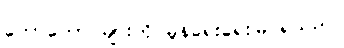
တောတောင်များကို မှုန်ရေးရေးမြင်ရသည်။